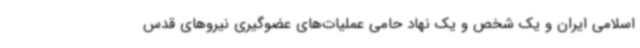
اسلامی ایران و یک شخص و یک نهاد حامی عملیات‌های عضوگیری نیروهای قدس